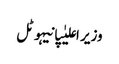
وزیر اعلیٰپانیہوٹل